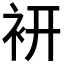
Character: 𧙧